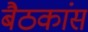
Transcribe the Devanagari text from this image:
बैठकांस